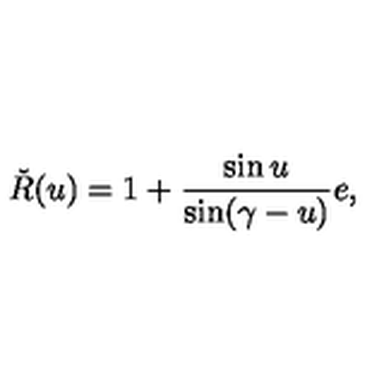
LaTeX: \check { R } ( u ) = 1 + \frac { \sin u } { \sin ( \gamma - u ) } e ,